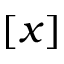
[ x ]